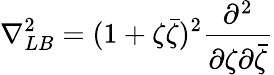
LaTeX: \nabla_{LB}^{2}=(1+\zeta\bar{\zeta})^{2}\frac{\partial^{2}}{\partial\zeta\partial\bar{\zeta}}